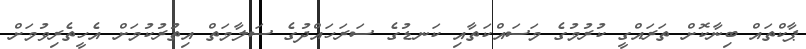
ޕާކްތައް ބިނާކޮށް ތަރައްގީ ކުރުމުގެ މަސައްކަތާއި ކަނޑުގެ ސަރަހައްދުގެ ސަލާމަތް އިތުރުކުމަށް އެހީތެރިވުމަށް